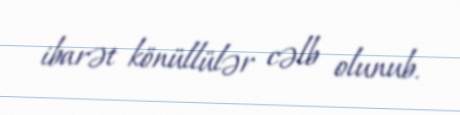
ibarət könüllülər cəlb olunub.